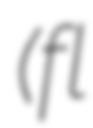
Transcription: (fl